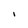
Character: I